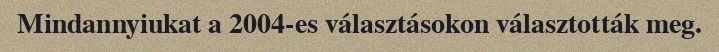
Mindannyiukat a 2004-es választásokon választották meg.